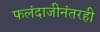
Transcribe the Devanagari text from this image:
फलंदाजीनंतरही